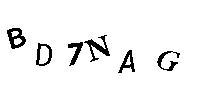
BD7NAG